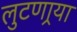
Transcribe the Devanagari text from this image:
लुटणार्‍या